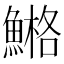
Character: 𩹿